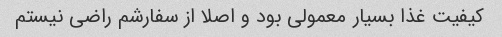
کیفیت غذا بسیار معمولی بود و اصلا از سفارشم راضی نیستم